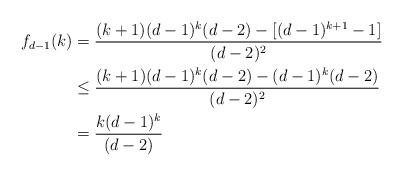
LaTeX: \begin{align*} f_{d-1}(k) &=\frac{(k+1)(d-1)^k(d-2)-[(d-1)^{k+1}-1]}{(d-2)^2} \\&\leq \frac{(k+1)(d-1)^k(d-2)-(d-1)^{k}(d-2)}{(d-2)^2} \\&= \frac{k(d-1)^{k}}{(d-2)} \end{align*}